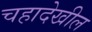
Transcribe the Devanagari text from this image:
चहादेखील